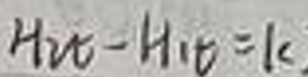
$H_{2}O - H_{1}O = k$